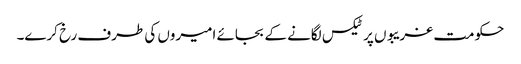
حکومت غریبوں پر ٹیکس لگانے کے بجائے امیروں کی طرف رخ کرے۔